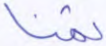
ثمنا